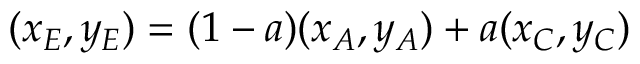
( x _ { E } , y _ { E } ) = ( 1 - a ) ( x _ { A } , y _ { A } ) + a ( x _ { C } , y _ { C } )